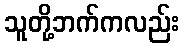
သူတို့ဘက်ကလည်း